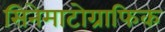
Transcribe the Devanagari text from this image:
सिनेमाटोग्राफिक